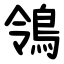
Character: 鴒